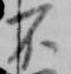
不